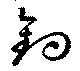
釣